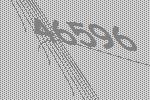
46596